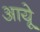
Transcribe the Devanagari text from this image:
आयूे